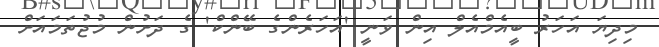
މިދިޔަ އަހަރު ބީއެމްއެލް އިން ވަނީ 'އަހަރެންގެ ބޭންކް' ގެ ދަށުން މުޖުތަމައަށް